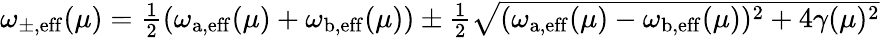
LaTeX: \begin{array}{r}{\omega_{\mathrm{\pm,eff}}(\mu)=\frac{1}{2}(\omega_{\mathrm{a,eff}}(\mu)+\omega_{\mathrm{b,eff}}(\mu))\pm\frac{1}{2}\sqrt{(\omega_{\mathrm{a,eff}}(\mu)-\omega_{\mathrm{b,eff}}(\mu))^{2}+4\gamma(\mu)^{2}}}\end{array}